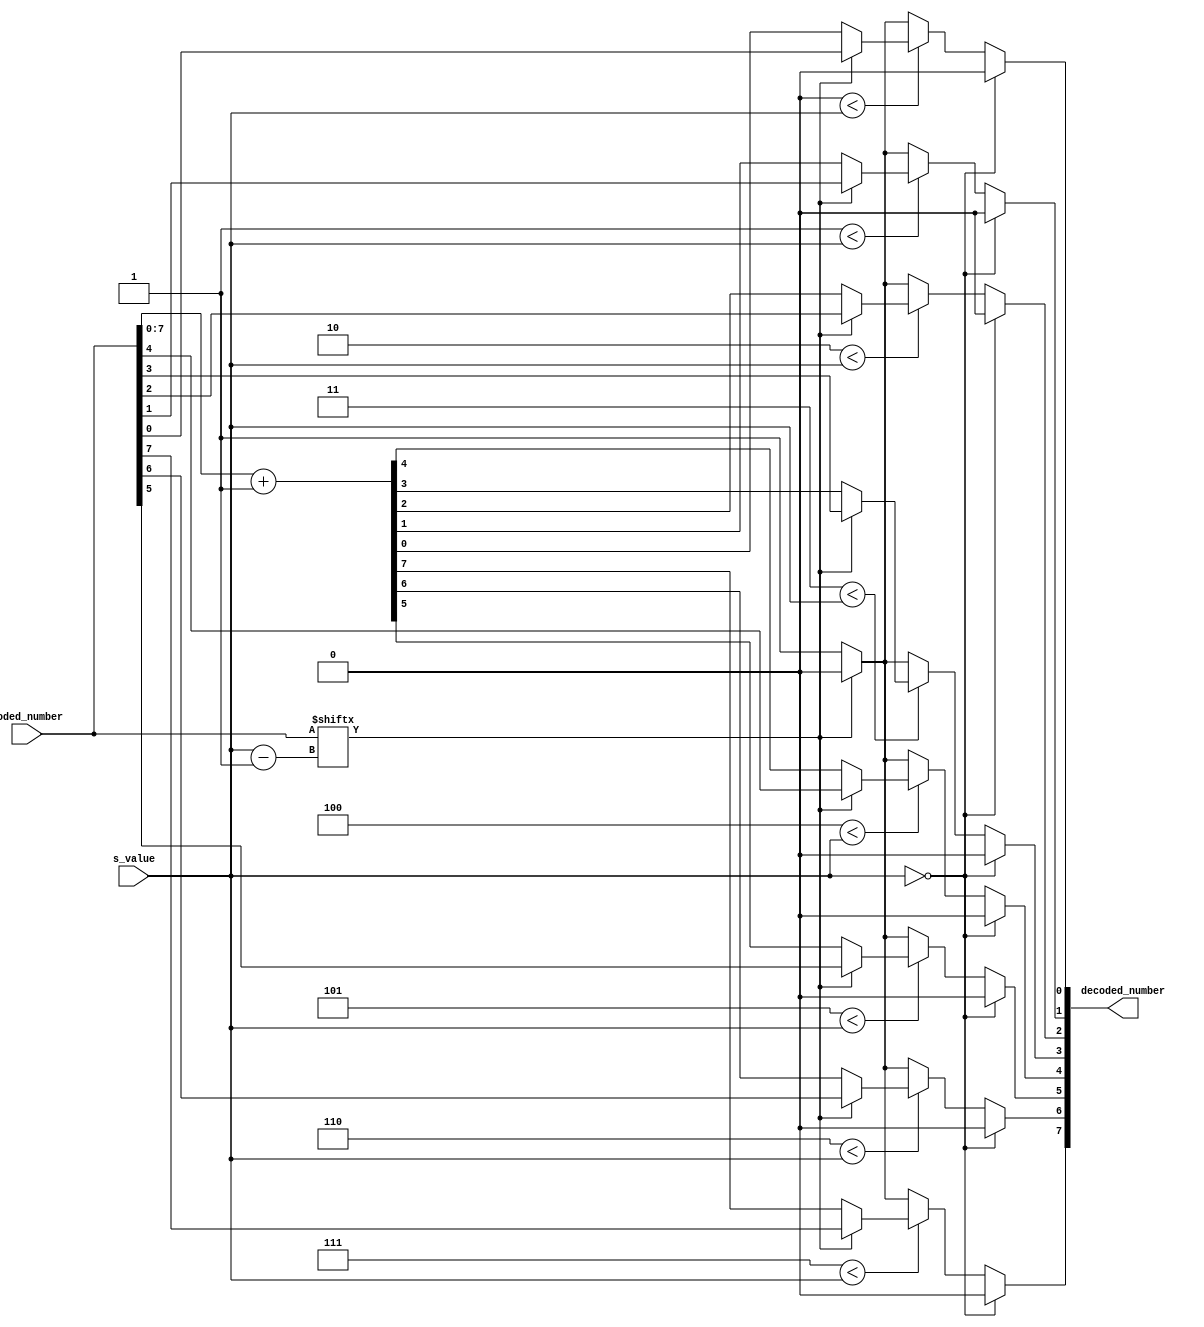
module Number_Decoder
#(
    parameter CODED_NUMBER_WIDTH = 11,
    parameter DECODED_NUMBER_WIDTH = 8
)(
    input [3:0] s_value,                                    //Number length (Bit length of the number after zeros)
    input [CODED_NUMBER_WIDTH-1:0] coded_number,            //bit sequencse that encodes number
    output reg [DECODED_NUMBER_WIDTH-1:0] decoded_number    //number in 2s complement form
);
    reg [CODED_NUMBER_WIDTH-1:0] incremented_coded_number;  //coded_number + 1

    integer i;
    always @(*) begin
        incremented_coded_number <= coded_number + 1;
        
        //If s value is 0 than decoded number is 0
        //Otherwise conversion is like that:
        // 011
        // |
        // last digit is 0 so add 1 to number (result = 100)
        // decoded number is 8 bit so fill remaining parts with 1 (result = 11111100)
        //
        // 101
        // |
        // last digit is 1, don't add anything
        // decoded number is 8 bit so fill remaining pars with 0 (result = 00000101)
        // 
        //Code below does this conversion
        for(i=0; i<CODED_NUMBER_WIDTH; i=i+1) begin
            if(i < DECODED_NUMBER_WIDTH) begin
                if(s_value == 0) begin
                    decoded_number[i] <= 1'b0;
                end else if(i < s_value) begin
                    if(coded_number[s_value-1] == 0) begin
                        decoded_number[i] <= incremented_coded_number[i];
                    end else begin
                        decoded_number[i] <= coded_number[i];
                    end 
                end else begin
                    if(coded_number[s_value-1] == 0) begin
                        decoded_number[i] <= 1'b1;
                    end else begin
                        decoded_number[i] <= 1'b0;
                    end 
                end
            end
        end
        
    end

endmodule